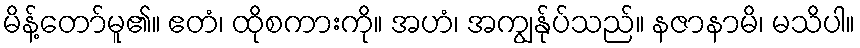
မိန့်တော်မူ၏။ ဧတံ၊ ထိုစကားကို။ အဟံ၊ အကျွန်ုပ်သည်။ နဇာနာမိ၊ မသိပါ။